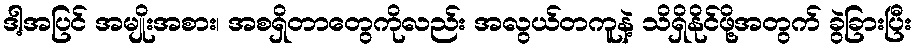
ဒါ့အပြင် အမျိုးအစား၊ အစရှိတာတွေကိုလည်း အလွယ်တကူနဲ့ သိရှိနိုင်ဖို့အတွက် ခွဲခြားပြီး